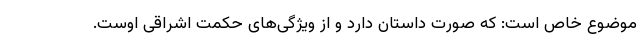
موضوع خاص است: که صورت داستان دارد و از ویژگی‌های حکمت اشراقی اوست.